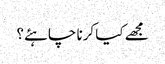
مجھے کیا کرنا چاہئے؟